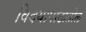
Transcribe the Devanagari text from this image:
विदयापीठातील